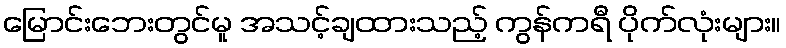
မြောင်းဘေးတွင်မူ အသင့်ချထားသည့် ကွန်ကရီ ပိုက်လုံးများ။